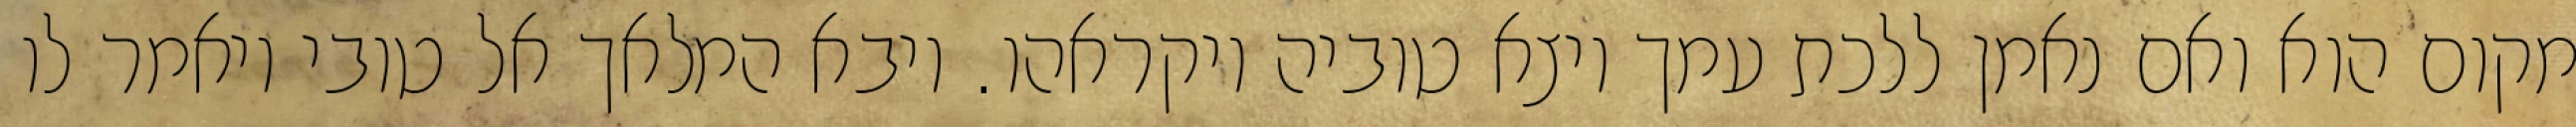
מקום הוא ואם נאמן ללכת עמך ויצא טוביה ויקראהו. ויבא המלאך אל טובי ויאמר לו